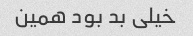
خیلی بد بود همین